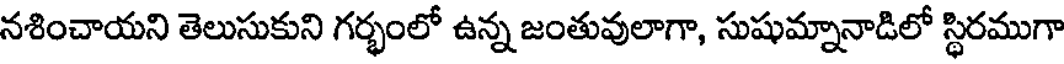
నశించాయని తెలుసుకుని గర్భంలో ఉన్న జంతువులాగా, సుషుమ్నానాడిలో స్థిరముగా